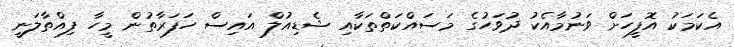
އެކަމަކު އޮފީހަށް ވަނުމާއެކު ދުވަހުގެ މަސައްކަތްތަކާއި ޝެޑިއުލް އައިސް ހަފަރާތުން މީހާ ފިއްތާލަނީ